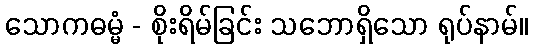
သောကဓမ္မံ - စိုးရိမ်ခြင်း သဘောရှိသော ရုပ်နာမ်။